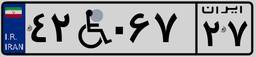
۴۲W۰۶۷۲۷